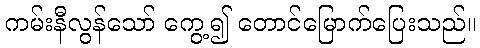
ကမ်းနီလွန်သော် ကွေ့၍ တောင်မြောက်ပြေးသည်။